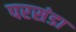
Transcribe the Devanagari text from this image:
परसंडा